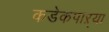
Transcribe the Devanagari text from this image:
कडेकपाऱ्या